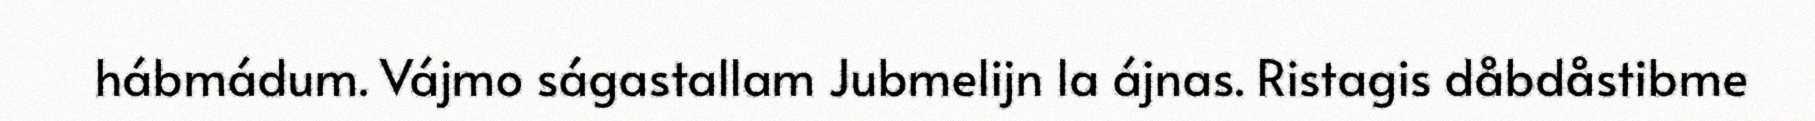
hábmádum. Vájmo ságastallam Jubmelijn la ájnas. Ristagis dåbdåstibme